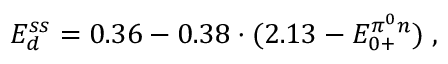
E _ { d } ^ { s s } = 0 . 3 6 - 0 . 3 8 \cdot ( 2 . 1 3 - E _ { 0 + } ^ { { \pi ^ { 0 } } n } ) \; ,